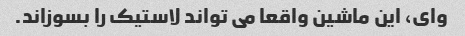
وای، این ماشین واقعا می تواند لاستیک را بسوزاند.